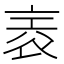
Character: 𧙰